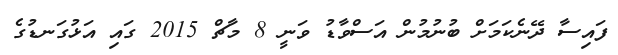
ފައިސާ ދޭނެކަމަށް ބުނުމުން އަސްވާޑު ވަނީ 8 މާޗް 2015 ގައި އަޅުގަނޑުގެ